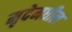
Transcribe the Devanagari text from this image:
मृदेमधील